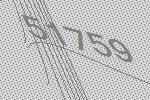
51759